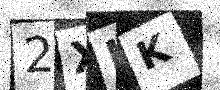
Text: 2XLK